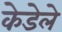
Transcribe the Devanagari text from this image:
केडेले